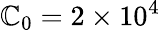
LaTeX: \mathbb{C}_{0}=2\times10^{4}